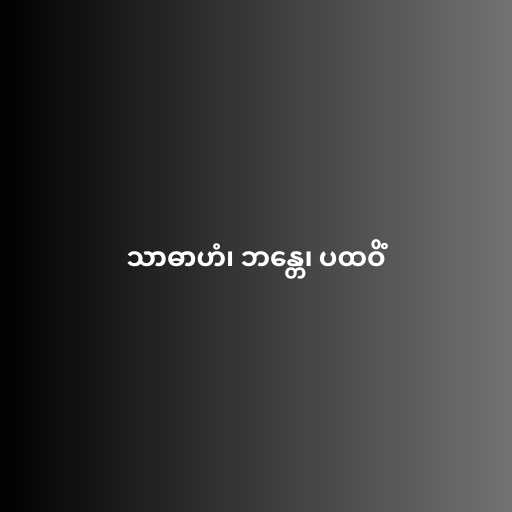
သာဓာဟံ၊ ဘန္တေ၊ ပထဝိံ